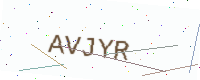
Text: AVJYR